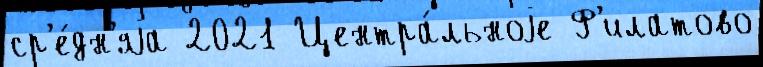
ср'е́дн'яjа 2021 Центра́льноjе Ф'илатово